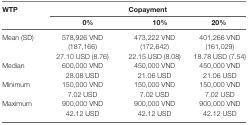
<table><thead><tr><td rowspan="2"><b>WTP</b></td><td colspan="3"><b>Copayment</b></td></tr><tr><td><b>0%</b></td><td><b>10%</b></td><td><b>20%</b></td></tr></thead><tbody><tr><td rowspan="2">Mean (SD)</td><td>578,926 VND (187,166)</td><td>473,222 VND (172,642)</td><td>401,266 VND (161,029)</td></tr><tr><td>27.10 USD (8.76)</td><td>22.15 USD (8.08)</td><td>18.78 USD (7.54)</td></tr><tr><td rowspan="2">Median</td><td>600,000 VND</td><td>450,000 VND</td><td>450,000 VND</td></tr><tr><td>28.08 USD</td><td>21.06 USD</td><td>21.06 USD</td></tr><tr><td rowspan="2">Minimum</td><td>150,000 VND</td><td>150,000 VND</td><td>150,000 VND</td></tr><tr><td>7.02 USD</td><td>7.02 USD</td><td>7.02 USD</td></tr><tr><td rowspan="2">Maximum</td><td>900,000 VND</td><td>900,000 VND</td><td>900,000 VND</td></tr><tr><td>42.12 USD</td><td>42.12 USD</td><td>42.12 USD</td></tr></tbody></table>